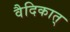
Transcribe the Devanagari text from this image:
वैदिकात्